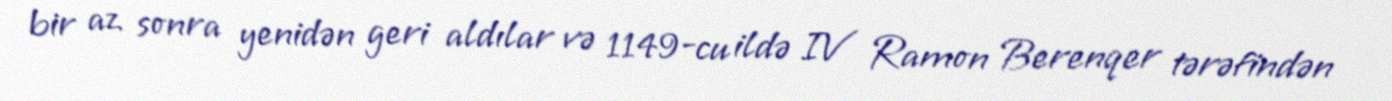
bir az sonra yenidən geri aldılar və 1149-cu ildə IV Ramon Berenqer tərəfindən